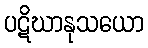
ပဋိဃာနုသယော